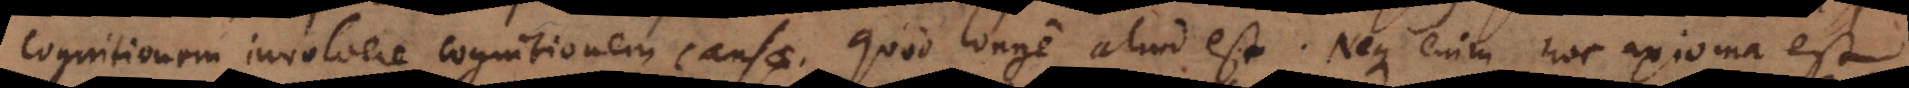
cognitionem involvere cognitionem causae, quod longe aliud est. Neque enim hoc axioma est